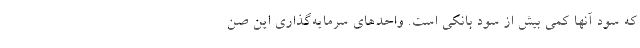
که سود آنها کمی بیش از سود بانکی است. واحدهای سرمایه‌گذاری این صن